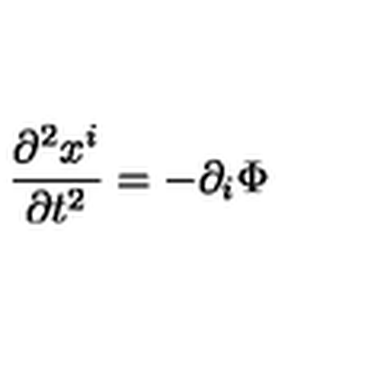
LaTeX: \frac { \partial ^ { 2 } x ^ { i } } { \partial t ^ { 2 } } = - \partial _ { i } \Phi